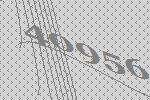
40956